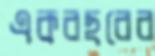
একবছরের